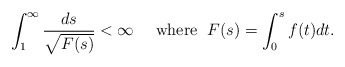
\begin{align*}\int_1^\infty\frac{ds}{\sqrt{F(s)}}<\infty\quad\mbox{ where }\; F(s)=\int_0^s f(t)dt.\end{align*}